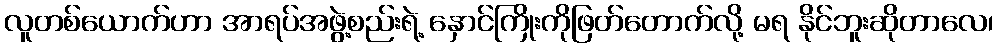
လူတစ်ယောက်ဟာ အာရပ်အဖွဲ့စည်းရဲ့ နှောင်ကြိုးကိုဖြတ်တောက်လို့ မရ နိုင်ဘူးဆိုတာလေ၊